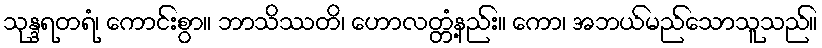
သုန္ဒရတရံ၊ ကောင်းစွာ။ ဘာသိဿတိ၊ ဟောလတ္တံ့နည်း။ ကော၊ အဘယ်မည်သောသူသည်။